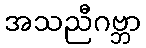
အသညီဂဗ္ဘာ